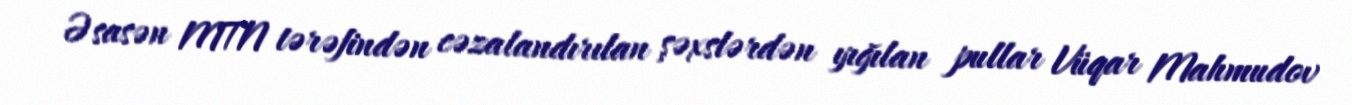
Əsasən MTN tərəfindən cəzalandırılan şəxslərdən yığılan pullar Vüqar Mahmudov